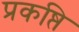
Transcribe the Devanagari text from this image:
प्रकष्ति